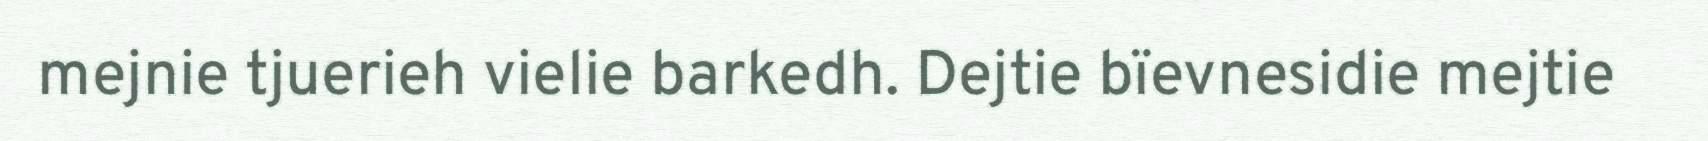
mejnie tjuerieh vielie barkedh. Dejtie bïevnesidie mejtie